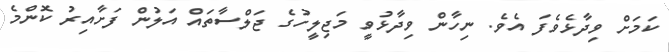
ކަމަށް ވިދާޅެވެފަ އެވެ. ނިހާން ވިދާޅުވީ މަޖިލީހުގެ ޖަލްސާތައް އަލުން ފަށާއިރު ކޮންމެ